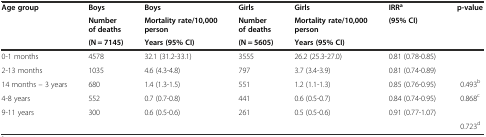
<table><thead><tr><td rowspan="3"><b>Age group</b></td><td><b>Boys</b></td><td><b>Boys</b></td><td><b>Girls</b></td><td><b>Girls</b></td><td><b>IRR<sup>a</sup></b></td><td rowspan="3"><b>p-value</b></td></tr><tr><td><b>Number of deaths</b></td><td><b>Mortality rate/10,000 person</b></td><td><b>Number of deaths</b></td><td><b>Mortality rate/10,000 person</b></td><td rowspan="2"><b>(95% CI)</b></td></tr><tr><td><b>(N = 7145)</b></td><td><b>Years (95% CI)</b></td><td><b>(N = 5605)</b></td><td><b>Years (95% CI)</b></td></tr></thead><tbody><tr><td>0-1 months</td><td>4578</td><td>32.1 (31.2-33.1)</td><td>3555</td><td>26.2 (25.3-27.0)</td><td>0.81 (0.78-0.85)</td><td></td></tr><tr><td>2-13 months</td><td>1035</td><td>4.6 (4.3-4.8)</td><td>797</td><td>3.7 (3.4-3.9)</td><td>0.81 (0.74-0.89)</td><td></td></tr><tr><td>14 months – 3 years</td><td>680</td><td>1.4 (1.3-1.5)</td><td>551</td><td>1.2 (1.1-1.3)</td><td>0.85 (0.76-0.95)</td><td>0.493<sup>b</sup></td></tr><tr><td>4-8 years</td><td>552</td><td>0.7 (0.7-0.8)</td><td>441</td><td>0.6 (0.5-0.7)</td><td>0.84 (0.74-0.95)</td><td>0.868<sup>c</sup></td></tr><tr><td>9-11 years</td><td>300</td><td>0.6 (0.5-0.6)</td><td>261</td><td>0.5 (0.5-0.6)</td><td>0.91 (0.77-1.07)</td><td></td></tr><tr><td></td><td></td><td></td><td></td><td></td><td></td><td>0.723<sup>d</sup></td></tr></tbody></table>